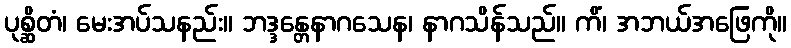
ပုစ္ဆိတံ၊ မေးအပ်သနည်း။ ဘဒ္ဒန္တေနာဂသေန၊ နာဂသိန်သည်။ ကိံ၊ အဘယ်အဖြေကို။